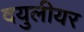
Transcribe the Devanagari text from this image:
दयुलीयर